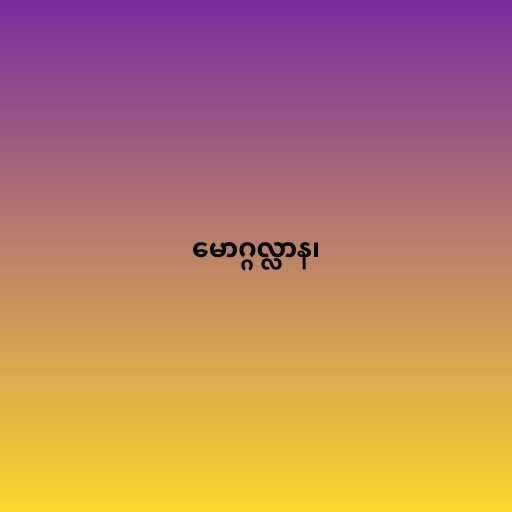
မောဂ္ဂလ္လာန၊